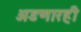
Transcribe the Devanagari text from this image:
अडणारही